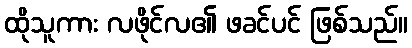
ထိုသူကား လဖိုင်လ၏ ဖခင်ပင် ဖြစ်သည်။